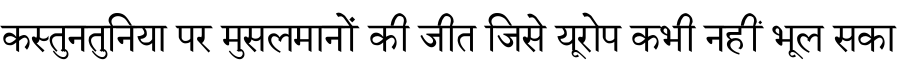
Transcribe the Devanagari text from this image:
कस्तुनतुनिया पर मुसलमानों की जीत जिसे यूरोप कभी नहीं भूल सका